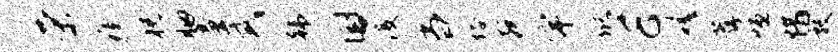
荣瘼祝胭童式韩国没当塔宛宇储E磋荐恒惜敦